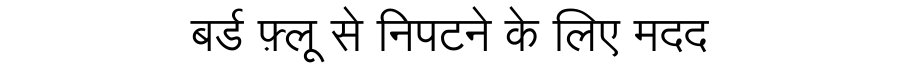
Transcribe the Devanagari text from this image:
बर्ड फ़्लू से निपटने के लिए मदद